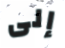
إلى